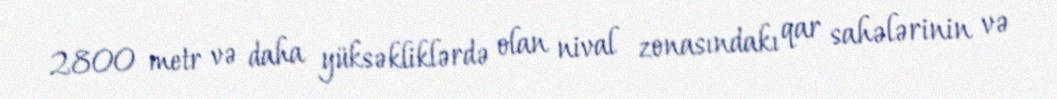
2800 metr və daha yüksəkliklərdə olan nival zonasındakı qar sahələrinin və